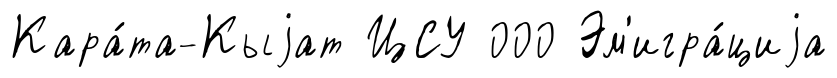
Кара́та-Кыjат ЦСУ 000 Эм'игра́циjа